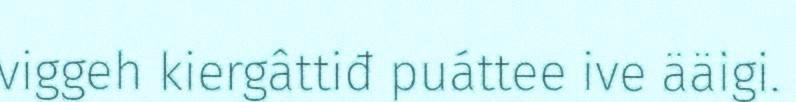
viggeh kiergâttiđ puáttee ive ääigi.